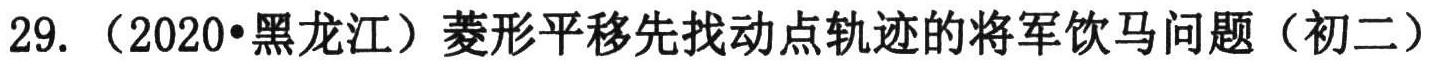
29. （2020•黑龙江）菱形平移先找动点轨迹的将军饮马问题（初二）